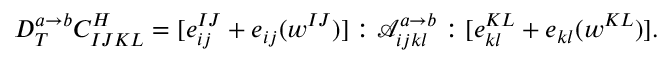
\begin{array} { r } { D _ { T } ^ { a \rightarrow b } C _ { I J K L } ^ { H } = [ e _ { i j } ^ { I J } + e _ { i j } ( w ^ { I J } ) ] : \mathscr { A } _ { i j k l } ^ { a \rightarrow b } : [ e _ { k l } ^ { K L } + e _ { k l } ( w ^ { K L } ) ] . } \end{array}